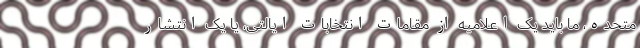
متحده، ما باید یک اعلامیه از مقامات انتخابات ایالتی، یا یک انتشار